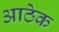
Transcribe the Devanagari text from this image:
आठेक